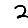
Digit: 2